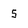
Character: 5